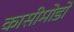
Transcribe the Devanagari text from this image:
कासीमोडो